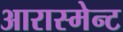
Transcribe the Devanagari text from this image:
आरास्मेन्ट